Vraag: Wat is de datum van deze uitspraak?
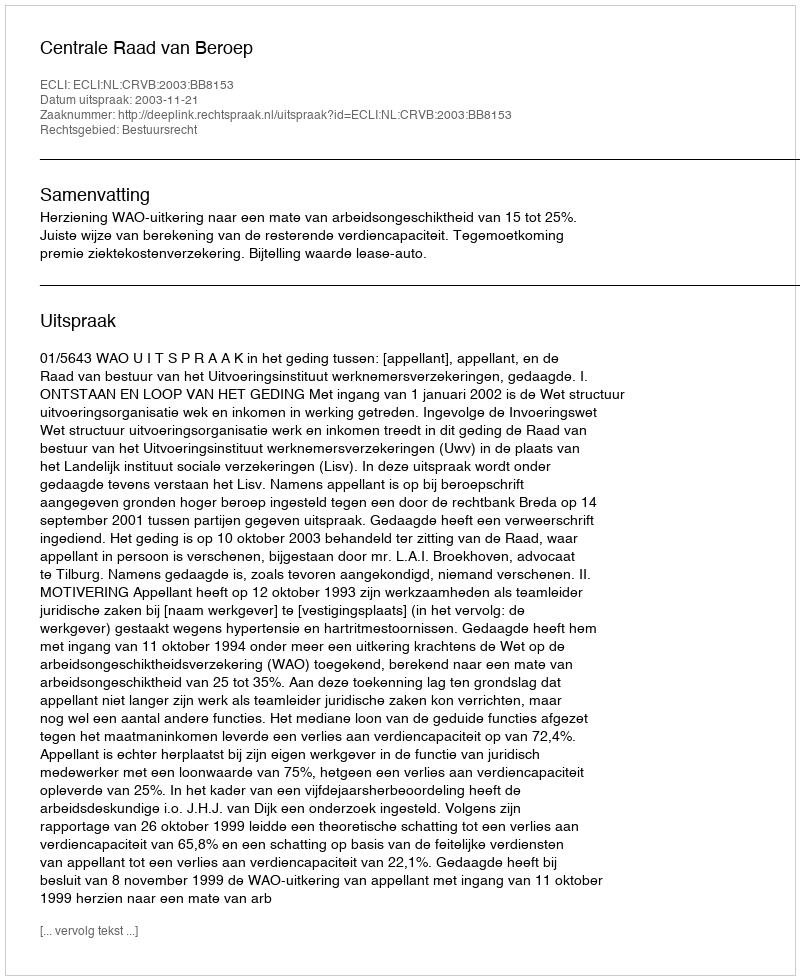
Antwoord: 2003-11-21